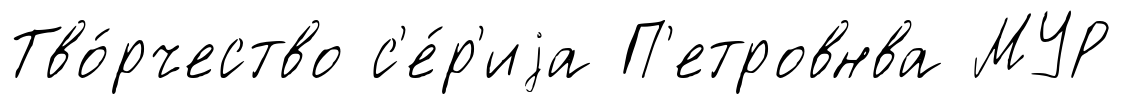
Тво́рчество с'е́р'иjа П'етровнва МУР